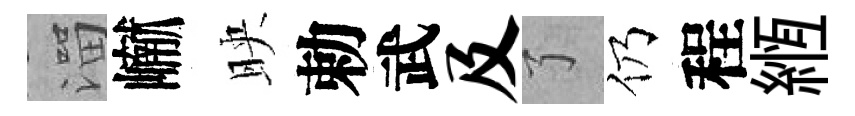
溜𪩘映勅武及了仍程縆